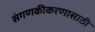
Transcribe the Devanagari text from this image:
संगणकीकरणासाठी